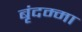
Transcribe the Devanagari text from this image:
बृंदम्मा